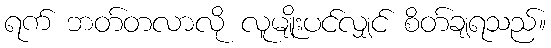
ရက် ဘတ်တလာလို လူမျိုးပင်လျှင် စိတ်ချရသည်။